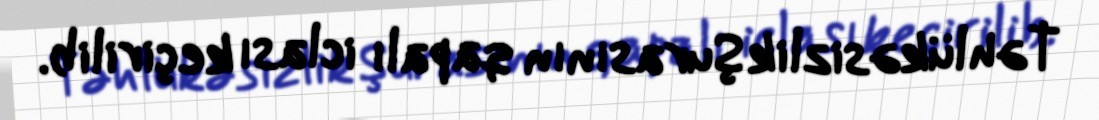
Təhlükəsizlik Şurasının qapalı iclası keçirilib.